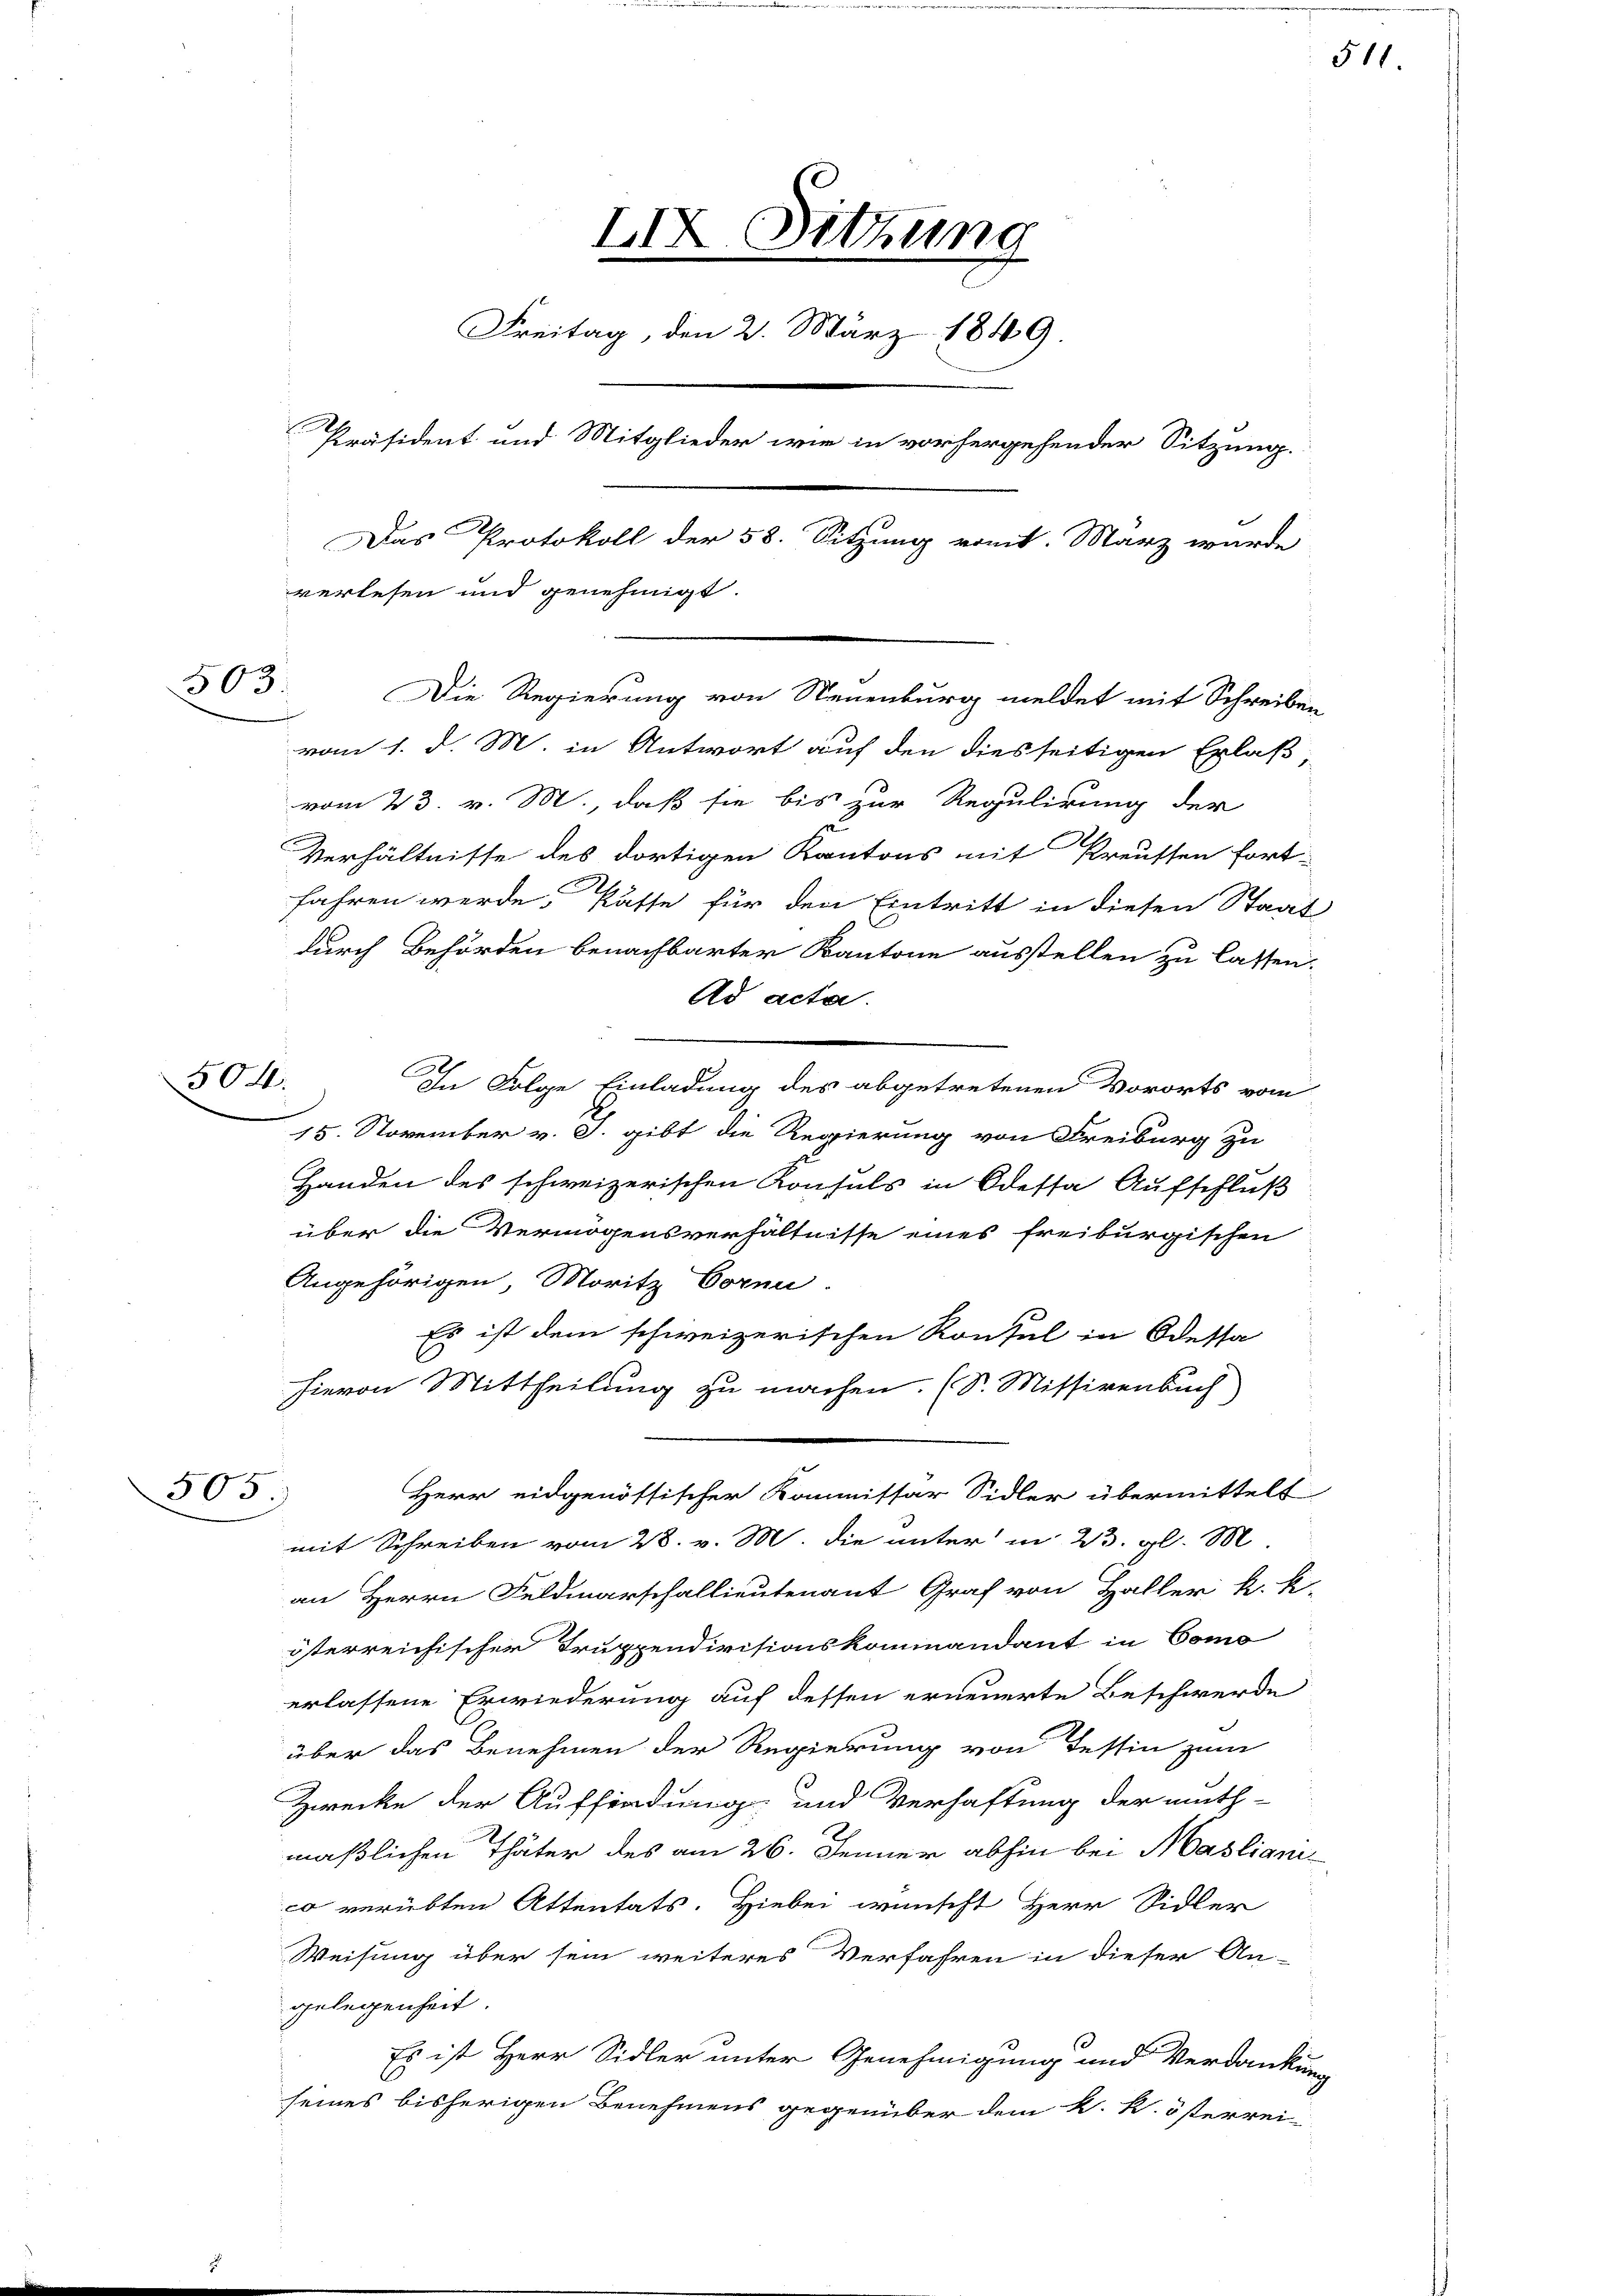
503.

504.

505.

XIX Sitzung
Freitag, den 2. März 1849.
Präsident und Mitglieder wie in vorhergehender Sitzung.
Das Protokoll der 58. Sitzung vomt. März wurde
verlesen und genehmigt.

Die Regierung von Neuenburg meldet mit Schreiben
vom 1. d. M. in Antwort auf den diesseitigen Erlaß,
vom 23. v. M., daß sie bis zur Regulirung der
Verhältnisse des dortigen Kantons mit Kreusten fort-
fahren werde, Kasse für den Eintritt in diesen Staat
durch Behörden benachbarter Kantone ausstellen zu lassen.
Ad acta.
e
In Folge Einladung des abgetretenen Vororts vom
15. November v. J. gibt die Regierung von Freiburg zu
Handen des schweizerischen Konsuls in Odessa Aufschluß
über die Vermögensverhältnisse eines freiburgischen
Angehörigen, Moritz Corn.
Es ist dem schweizerischen Konsul in Odessa
hievon Mittheilung zu machen. (S. Missivenbuch
Herr eidgenössischer Kommissar Sidler übermittelt
mit Schreiben vom 28. v. M. die unter in 23. gl. M.
an Herrn Feldmarschallieutenant Graf von Haller k. k.
österreichischer Truppendivisionskommandant in Como
erlassene Erwiederung auf dessen erneuerte Beschwerde
über das Benehmen der Regierung von Tessin zum
Zwecke der Auffindung und Verhaftung der muth-
maßlichen Thäter des am 26. Jenner abhin bei Mastianis
o verübten Attentats. Hiebei wünscht Herr Sidler
Weisung über sein weiteres Verfahren in dieser An-
gelegenheit.
Es ist Herr Sidler unter Genehmigung und Verdankun-
seines bisherigen Benehmens gegenüber dem k. k. österrei-

511.